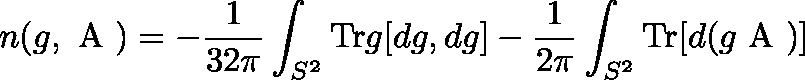
n ( g , \mathrm { \boldmath ~ A ~ } ) = - \frac { 1 } { 3 2 \pi } \int _ { S ^ { 2 } } \mathrm { T r } g [ d g , d g ] - \frac { 1 } { 2 \pi } \int _ { S ^ { 2 } } \mathrm { T r } [ d ( g \mathrm { \boldmath ~ A ~ } ) ]